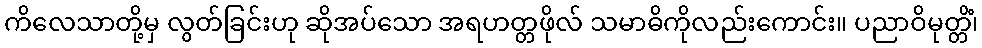
ကိလေသာတို့မှ လွတ်ခြင်းဟု ဆိုအပ်သော အရဟတ္တဖိုလ် သမာဓိကိုလည်းကောင်း။ ပညာဝိမုတ္တိံ၊